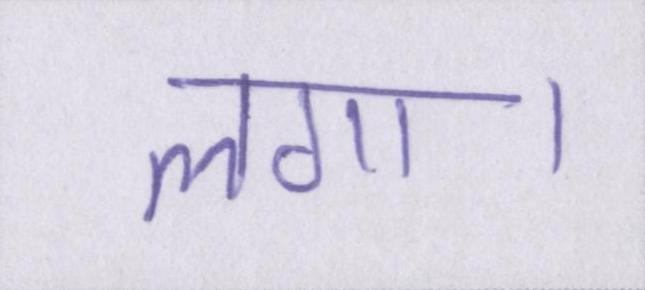
लगा।